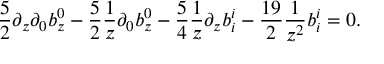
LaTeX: { \frac { 5 } { 2 } } \partial _ { z } \partial _ { 0 } b _ { z } ^ { 0 } - { \frac { 5 } { 2 } } { \frac { 1 } { z } } \partial _ { 0 } b _ { z } ^ { 0 } - { \frac { 5 } { 4 } } { \frac { 1 } { z } } \partial _ { z } b _ { i } ^ { i } - { \frac { 1 9 } { 2 } } { \frac { 1 } { z ^ { 2 } } } b _ { i } ^ { i } = 0 .